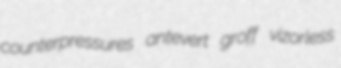
counterpressures antevert groff vizorless